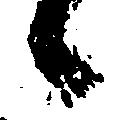
候